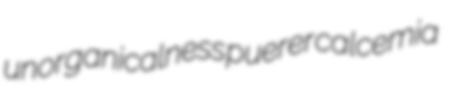
unorganicalness puerer calcemia